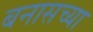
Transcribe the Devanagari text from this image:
बनासच्या